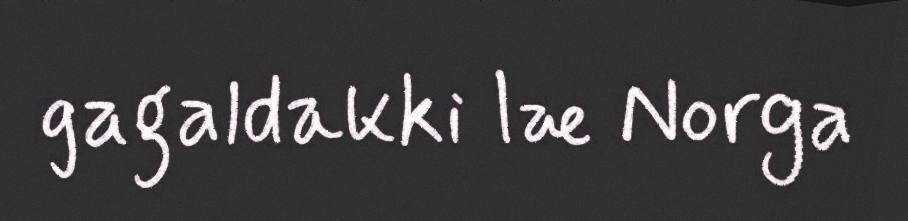
gagaldakki læ Norga